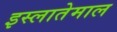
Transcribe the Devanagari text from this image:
इस्लातेमाल